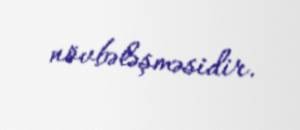
növbələşməsidir.